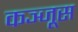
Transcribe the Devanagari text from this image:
कञ्जूस